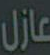
عازل